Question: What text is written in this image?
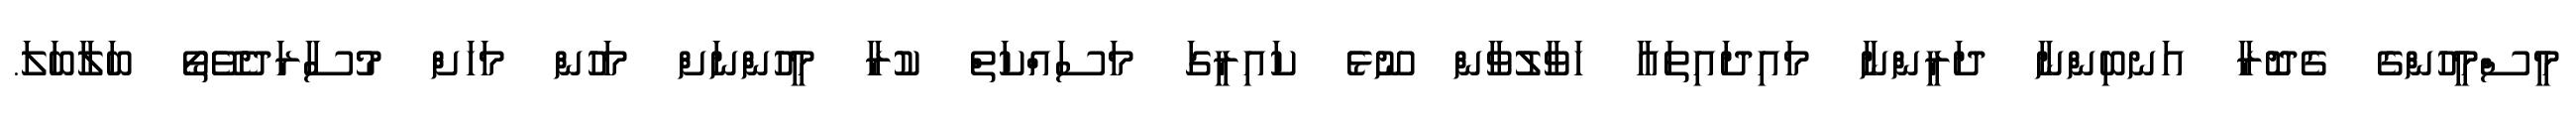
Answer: މީސްމީހުންގެ ގެދޮރާ އަނބިންނާ ދަރީންނާ މައިދައިތައާ ހަވާލުވާން ނޫޅެ ކައިރީގަ މަސައްކަތް ކުރާ މީހުންނަށް މަހުން މަހަށް މުސާރަދެވޭތޯ ބަލާބަލަ.